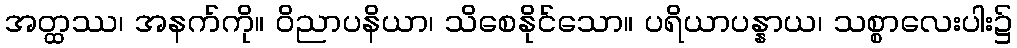
အတ္ထဿ၊ အနက်ကို။ ဝိညာပနိယာ၊ သိစေနိုင်သော။ ပရိယာပန္နာယ၊ သစ္စာလေးပါး၌